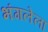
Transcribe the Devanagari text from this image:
भंगलेला